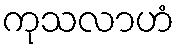
ကုသလာဟံ